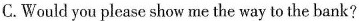
C. Would you please show me the way to the bank?